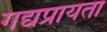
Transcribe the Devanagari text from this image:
गद्यप्रायता